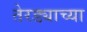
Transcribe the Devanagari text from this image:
तेरड्याच्या